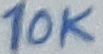
Text: 10K